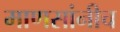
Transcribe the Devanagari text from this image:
माणसांनीच